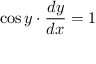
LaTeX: \cos y \cdot { \frac { d y } { d x } } = 1 \,